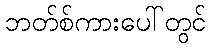
ဘတ်စ်ကားပေါ်တွင်